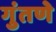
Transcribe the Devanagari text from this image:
गुंतणे